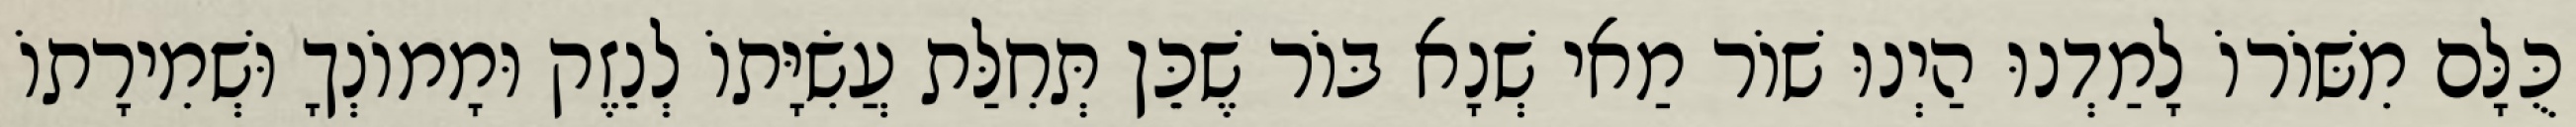
כֻּלָּם מִשּׁוֹרוֹ לָמַדְנוּ הַיְנוּ שׁוֹר מַאי שְׁנָא בּוֹר שֶׁכֵּן תְּחִלַּת עֲשִׂיָּתוֹ לְנֵזֶק וּמָמוֹנְךָ וּשְׁמִירָתוֹ